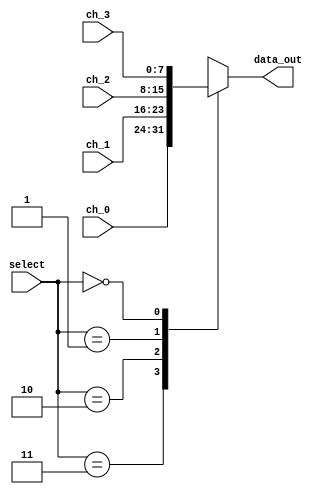
`timescale 1ns / 1ps
//////////////////////////////////////////////////////////////////////////////////
// Company: 
// Engineer: 
// 
// Design Name: 
// Module Name: Mux_4x1
// Project Name: 
// Target Devices: 
// Tool Versions: 
// Description: 
// 
// Dependencies: 
// 
// Revision:
// Revision 0.01 - File Created
// Additional Comments:
// 
//////////////////////////////////////////////////////////////////////////////////


module Mux_4x1
(
//Input Signals
input wire [1:0] select,
input wire [7:0] ch_0,
input wire [7:0] ch_1,
input wire [7:0] ch_2,
input wire [7:0] ch_3,

//Output Signals
output reg [7:0] data_out
);

    always @*
        begin
            case(select)
                2'b11: data_out = ch_0;
                2'b10: data_out = ch_1;
                2'b01: data_out = ch_2;
                2'b00: data_out = ch_3;
                default : data_out = ch_0;
            endcase
        end

endmodule